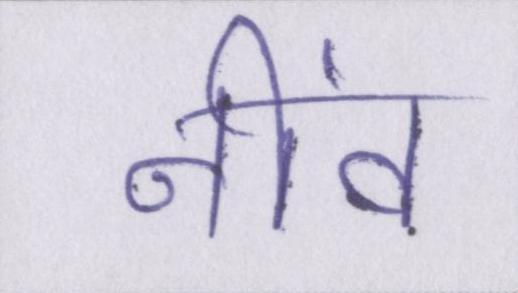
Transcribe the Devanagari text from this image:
नींव